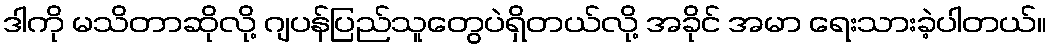
ဒါကို မသိတာဆိုလို့ ဂျပန်ပြည်သူတွေပဲရှိတယ်လို့ အခိုင် အမာ ရေးသားခဲ့ပါတယ်။